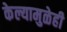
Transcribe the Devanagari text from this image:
केल्यामुळेही